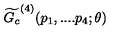
\widetilde { G _ { c } } ^ { ( 4 ) } ( p _ { 1 } , . . . . p _ { 4 } ; \theta )